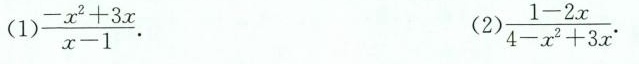
（1）$$\frac { - x ^ { 2 } + 3 x } { x - 1 }$$ （2）$$ \frac { 1 - 2 x } { 4 - x ^ { 2 } + 3 x }$$